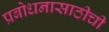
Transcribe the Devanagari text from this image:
प्रबोधनासाठीची